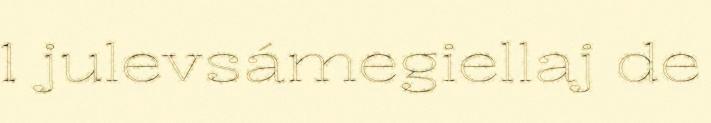
1 julevsámegiellaj de